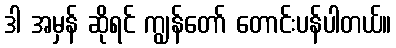
ဒါ အမှန် ဆိုရင် ကျွန်တော် တောင်းပန်ပါတယ်။